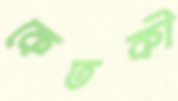
কেতকী